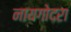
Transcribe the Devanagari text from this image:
नायगोदरा